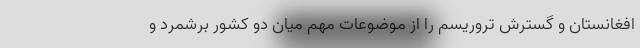
افغانستان و گسترش تروریسم را از موضوعات مهم میان دو کشور برشمرد و